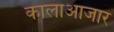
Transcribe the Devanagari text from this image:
कालाआजार